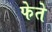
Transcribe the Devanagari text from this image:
फेते